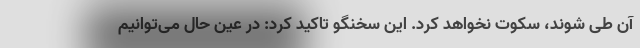
آن طی شوند، سکوت نخواهد کرد. این سخنگو تاکید کرد: در عین حال می‌توانیم